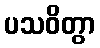
ပသဝိတွာ